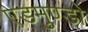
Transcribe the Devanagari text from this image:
एडमुण्डो